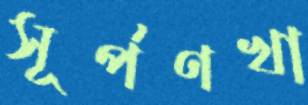
সূর্পণখা